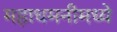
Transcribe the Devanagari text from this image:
महाधमनीमध्ये